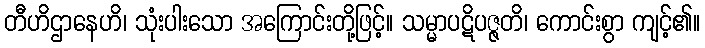
တီဟိဌာနေဟိ၊ သုံးပါးသော အကြောင်းတို့ဖြင့်။ သမ္မာပဋိပဇ္ဇတိ၊ ကောင်းစွာ ကျင့်၏။